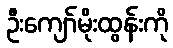
ဦးကျော်မိုးထွန်းကို